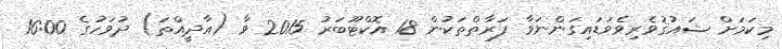
މިކަމަށް ޝައުޤުވެރިވެވަޑައިގަންނަވާ ފަރާތްތަކުން 18 އޮކްޓޫބަރު 2015 ވާ (އާދީއްތަ) ދުވަހުގެ 16:00